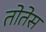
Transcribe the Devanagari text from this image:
तोतेस